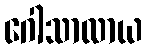
ဂေါသာလာယ